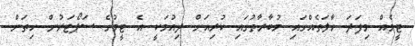
ޓީމެއް މިފަދަ ހާލަތެއްގައި މުބާރާތުގައި ކުރިއަށް ދިއުމަކީ އެ ޓީމުގެ ސަޕޯޓަރުން ހިތަށް